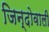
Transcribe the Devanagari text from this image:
जिन्दोवाली